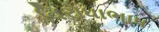
વિરોધાભાષ